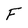
Character: F